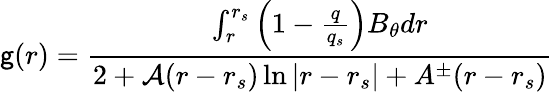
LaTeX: \mathsf{g}(r)=\frac{{\int_{r}^{r_{s}}\left(1-\frac{{q}}{{q_{s}}}\right)B_{\theta}dr}}{{2+\mathcal{{A}}(r-r_{s})\ln{|r-r_{s}|}+A^{\pm}(r-r_{s})}}